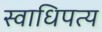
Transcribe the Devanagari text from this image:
स्वाधिपत्य